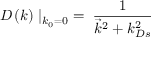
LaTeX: D \left( k \right) \mid _ { k _ { 0 } = 0 } \; = \; { \frac { 1 } { { \vec { k } } ^ { 2 } + k _ { D s } ^ { 2 } } }